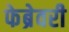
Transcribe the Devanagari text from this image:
फेब्रेवरी